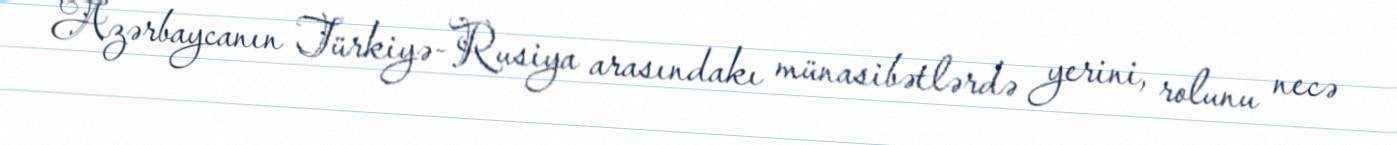
Azərbaycanın Türkiyə-Rusiya arasındakı münasibətlərdə yerini, rolunu necə